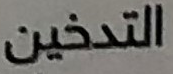
التدخين